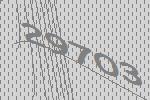
29703